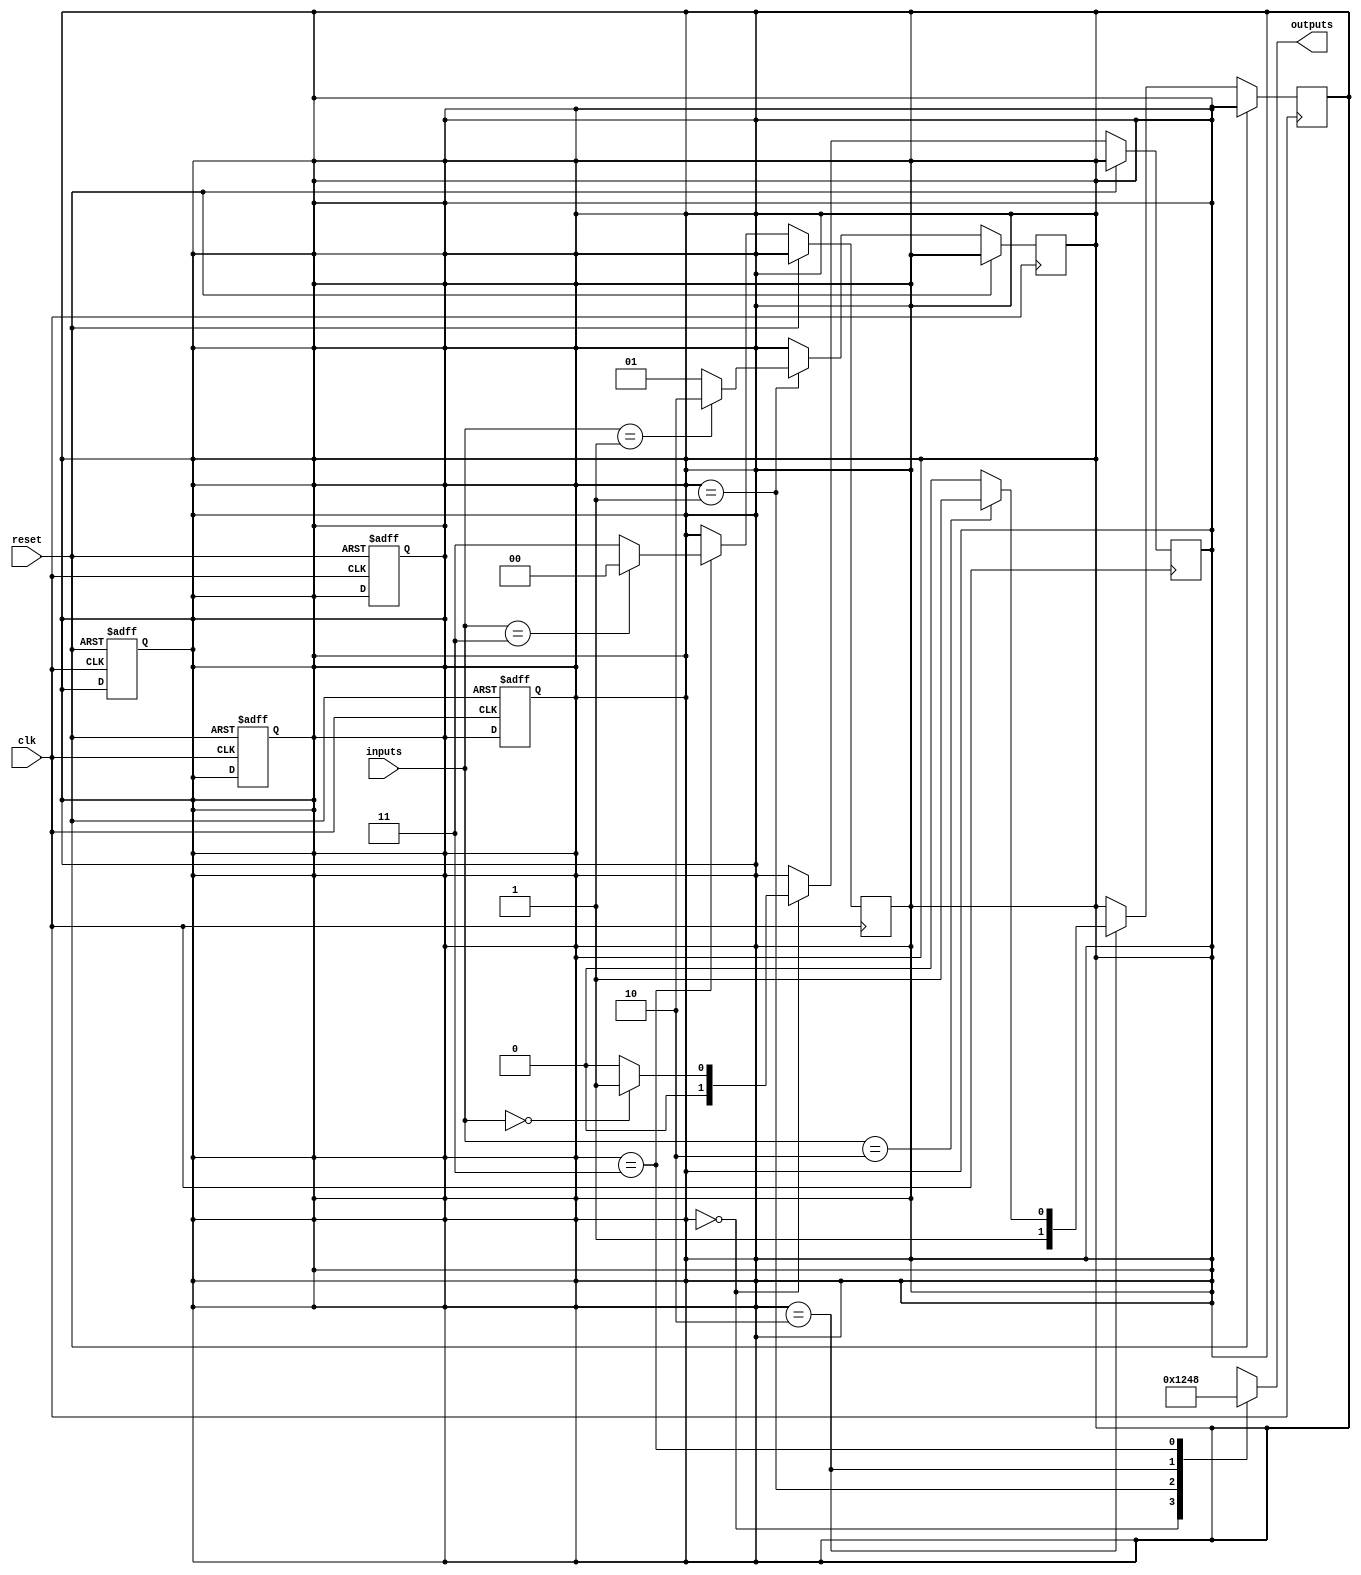
module state_machine(
    input clk,
    input reset,
    input [1:0] inputs,
    output reg [3:0] outputs
);

// State definitions
parameter S0 = 2'b00;
parameter S1 = 2'b01;
parameter S2 = 2'b10;
parameter S3 = 2'b11;

// State register
reg [1:0] state_reg;
reg [1:0] next_state;

// State block for S0
always @ (posedge clk or posedge reset)
begin
    if (reset)
        state_reg <= S0;
    else if (state_reg == S0)
        next_state <= (inputs == 2'b00) ? S1 : S0;
end

// State block for S1
always @ (posedge clk or posedge reset)
begin
    if (reset)
        state_reg <= S0;
    else if (state_reg == S1)
        next_state <= (inputs == 2'b01) ? S2 : S1;
end

// State block for S2
always @ (posedge clk or posedge reset)
begin
    if (reset)
        state_reg <= S0;
    else if (state_reg == S2)
        next_state <= (inputs == 2'b10) ? S3 : S2;
end

// State block for S3
always @ (posedge clk or posedge reset)
begin
    if (reset)
        state_reg <= S0;
    else if (state_reg == S3)
        next_state <= (inputs == 2'b11) ? S0 : S3;
end

// Output logic
always @ (*)
begin
    case(state_reg)
        S0: outputs <= 4'b0001; // Output for state S0
        S1: outputs <= 4'b0010; // Output for state S1
        S2: outputs <= 4'b0100; // Output for state S2
        S3: outputs <= 4'b1000; // Output for state S3
        default: outputs <= 4'b0000;
    endcase
end

// State transition
always @ (*)
begin
    state_reg <= next_state;
end

endmodule